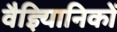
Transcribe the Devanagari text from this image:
वैज्ञ्यिानिकों